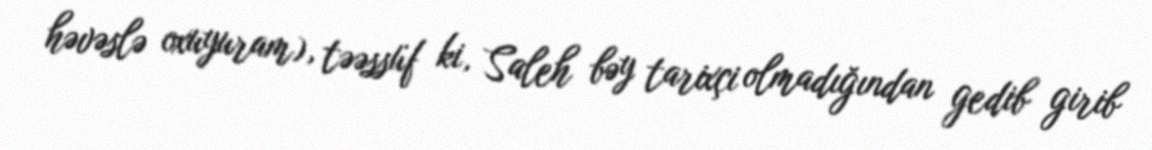
həvəslə oxuyuram), təəssüf ki, Saleh bəy tarixçi olmadığından gedib girib